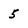
Character: 5